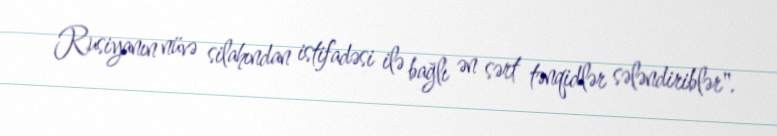
Rusiyanın nüvə silahından istifadəsi ilə bağlı ən sərt tənqidlər sələndiriblər".